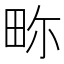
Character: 𤱏